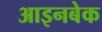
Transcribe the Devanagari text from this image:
आइनबेक